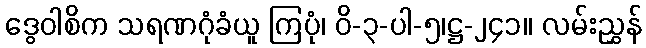
ဒွေဝါစိက သရဏဂုံခံယူ ကြပုံ၊ ဝိ-၃-ပါ-၅၊ဋ္ဌ-၂၄၁။ လမ်းညွှန်